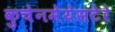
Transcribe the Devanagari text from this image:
कुचेनमेयेसटेरे